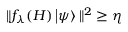
\| f _ { \lambda } ( H ) \left| \psi \right\rangle \| ^ { 2 } \geq \eta